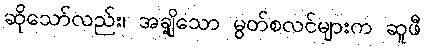
ဆိုသော်လည်း၊ အချို့သော မွတ်စလင်များက ဆူဖီ